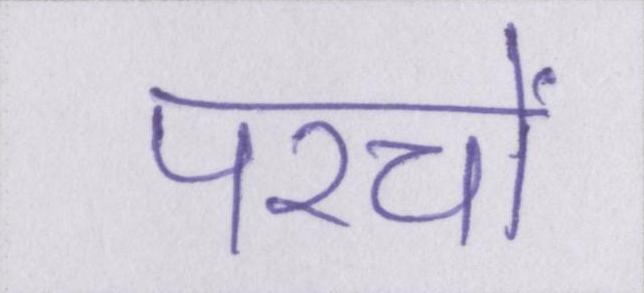
परचों